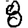
Digit: 8